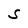
Character: S